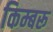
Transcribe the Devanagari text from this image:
किम्बरू